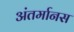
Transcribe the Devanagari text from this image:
अंतर्मानस